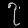
Digit: ၇